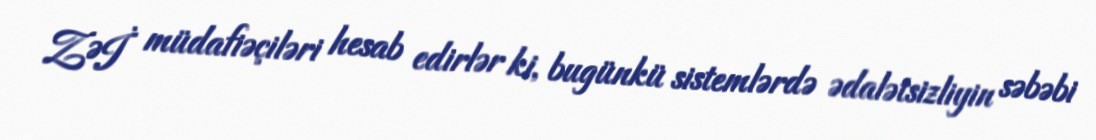
ZƏİ müdafiəçiləri hesab edirlər ki, bugünkü sistemlərdə ədalətsizliyin səbəbi